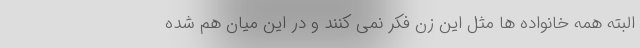
البته همه خانواده ها مثل این زن فکر نمی کنند و در این میان هم شده